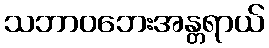
သဘာဝဘေးအန္တရာယ်